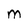
Character: M